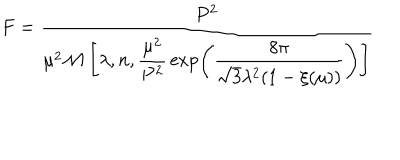
F = \frac { P ^ { 2 } } { \mu ^ { 2 } { \cal M } \left[ \lambda , n , \displaystyle { \frac { \mu ^ { 2 } } { P ^ { 2 } } } \exp \left( { \frac { 8 \pi } { \sqrt { 3 } \lambda ^ { 2 } ( 1 - \xi ( \mu ) ) } } \right) \right] }